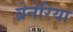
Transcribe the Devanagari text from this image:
ब्रेनेरिया